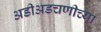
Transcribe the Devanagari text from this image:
अडीअडचणीच्या